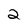
Character: 2